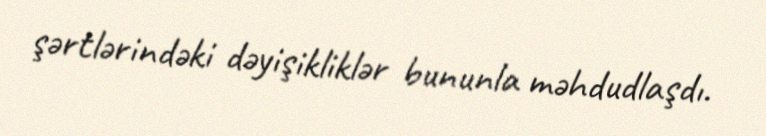
şərtlərindəki dəyişikliklər bununla məhdudlaşdı.